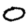
Digit: 0